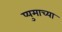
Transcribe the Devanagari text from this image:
प्युमाच्या